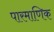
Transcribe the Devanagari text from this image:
पारमाणिक